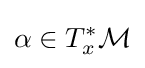
\alpha \in T_{x}^{*}{\mathcal {M}}